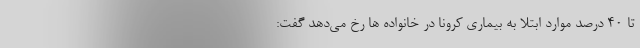
تا ۴۰ درصد موارد ابتلا به بیماری کرونا در خانواده ها رخ می‌دهد گفت: